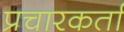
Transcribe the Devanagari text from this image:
प्रचारकर्ता